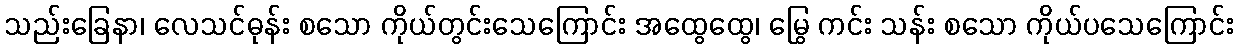
သည်းခြေနာ၊ လေသင်ဓုန်း စသော ကိုယ်တွင်းသေကြောင်း အထွေထွေ၊ မြွေ ကင်း သန်း စသော ကိုယ်ပသေကြောင်း